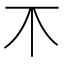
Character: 𣎴